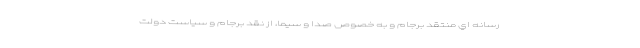
رسانه اي منتقد برجام و به خصوص صدا و سيما، از نقد برجام و سياست دولت